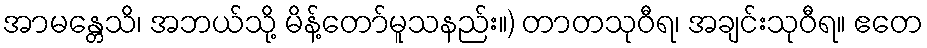
အာမန္တေသိ၊ အဘယ်သို့ မိန့်တော်မူသနည်း။) တာတသုဝီရ၊ အချင်းသုဝီရ။ ဧတေ